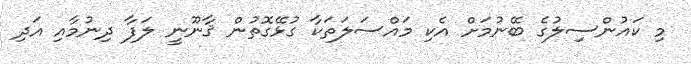
މި ކައުންސިލުގެ ބޭނުމަށް އެކި މައްސަލަތަކާ ގުޅޭގޮތުން ޤާނޫނީ ލަފާ ދިނުމާއި އަދި